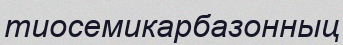
тиосемикарбазонныц